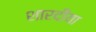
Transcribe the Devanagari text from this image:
शारदीया